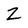
Character: Z